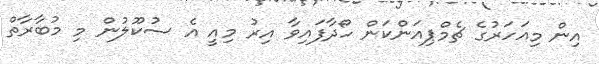
އިން މިއަހަރުގެ ޗެމްޕިއަންކަން ހޯދާފައިވާ އިރު މިއީ އެ ސުކޫލުން މި މުބާރާތް